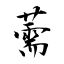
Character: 薷